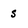
Character: s